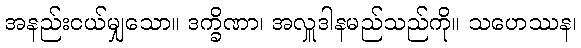
အနည်းငယ်မျှသော။ ဒက္ခိဏာ၊ အလှူဒါနမည်သည်ကို။ သဟေဿန၊